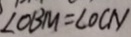
\angle O B M = \angle O C N